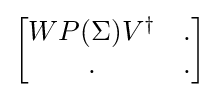
{\begin{bmatrix}WP(\Sigma )V^{\dagger }&.\\.&.\end{bmatrix}}